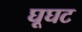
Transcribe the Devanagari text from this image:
घूघट